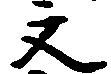
文